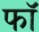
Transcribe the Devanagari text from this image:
फॉ